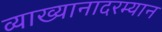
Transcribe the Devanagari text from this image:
व्याख्यानादरम्यान